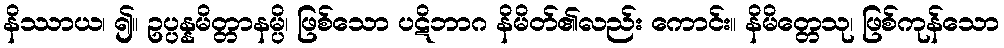
နိဿာယ၊ ၍။ ဥပ္ပန္နမိတ္တာနမ္ပိ၊ ဖြစ်သော ပဋိဘာဂ နိမိတ်၏လည်း ကောင်း။ နိမိတ္တေသု၊ ဖြစ်ကုန်သော